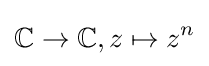
\mathbb {C} \to \mathbb {C} ,z\mapsto z^{n}